Civil Veterinary Dept. Assam report 1911-1927 - 1911-1927
Year: 1911
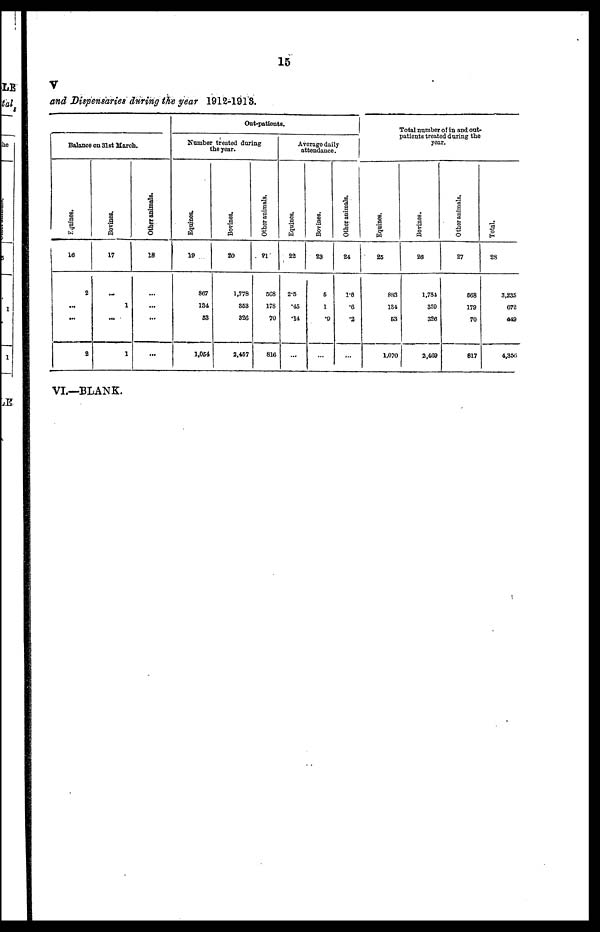
15
V
and Dispensaries during the year 1912-1913.
Balance on 31st March.
Equines.
16
2
...
...
2
Bovines.
17
...
1
...
1
Other animals.
18
...
...
...
...
Out-patients.
Number treated during
the year.
Equines,
19
867
134
63
1,054
Bovines.
20
1,778
353
326
2,457
Other animals.
21
568
178
70
816
Average daily
attendance.
Equines.
22
2.5
45
.14
...
Bovines.
23
5
1
9
...
Other animals.
24
1.6
.6
.2
...
Total number of in and out-
patients treated during the
year.
Equines.
25
883
134
63
1,070
Bovines.
26
1,784
350
326
2,469
Other animals.
27
068
179
70
817
Total.
28
3,235
672
449
4,356
VI.—BLANK.